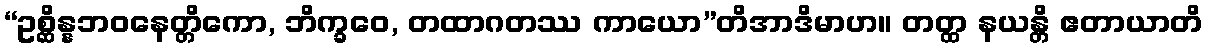
“ဥစ္ဆိန္နဘဝနေတ္တိကော, ဘိက္ခဝေ, တထာဂတဿ ကာယော”တိအာဒိမာဟ။ တတ္ထ နယန္တိ ဧတာယာတိ